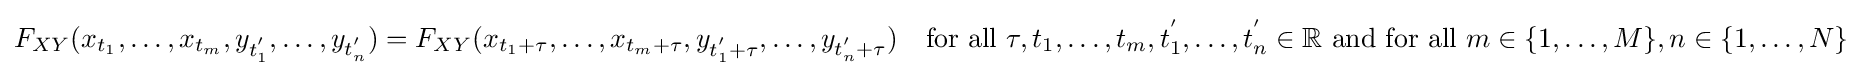
F_{XY}(x_{t_{1}},\ldots ,x_{t_{m}},y_{t_{1}^{'}},\ldots ,y_{t_{n}^{'}})=F_{XY}(x_{t_{1}+\tau },\ldots ,x_{t_{m}+\tau },y_{t_{1}^{'}+\tau },\ldots ,y_{t_{n}^{'}+\tau })\quad {\text{for all }}\tau ,t_{1},\ldots ,t_{m},t_{1}^{'},\ldots ,t_{n}^{'}\in \mathbb {R} {\text{ and for all }}m\in \{1,\ldots ,M\},n\in \{1,\ldots ,N\}